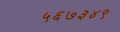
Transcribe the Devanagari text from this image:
५६७३४९